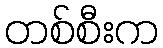
တစ်စီးက